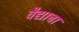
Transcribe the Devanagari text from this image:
वैद्याचा